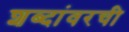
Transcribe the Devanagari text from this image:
शब्दांवरची